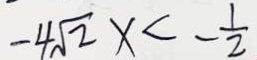
- 4 \sqrt { 2 } x < - \frac { 1 } { 2 }